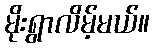
မိုးရွာလိမ့်မယ်။